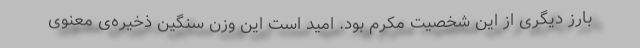
بارز دیگری از این شخصیت مکرم بود. امید است این وزن سنگین ذخیره‌ی معنوی